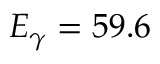
E _ { \gamma } = 5 9 . 6